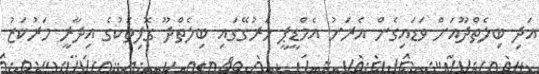
އަދި ބިލެތްދޫއަށް ވަޑައިގެން އެރަށު އެމްޑީޕީ ހަރުގޭގައި ބިލެތްދޫ ގޮފިތަކުގެ އިދާރީ މަރުކަޒު